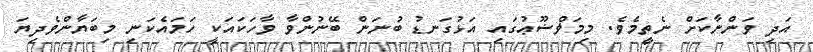
އަދި ވަންނާކަށް ނެތީމެވެ. މިމަޥްޟޫޢުގައި އަޅުގަނޑު ބުނަން ބޭނުންވާ ވާހަކައަކީ ހަމައެކަނި މިބަޔާންވެދިޔަ